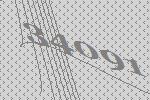
34091